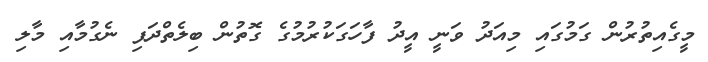
މީގެއިތުރުން ގަމުގައި މިއަދު ވަނީ އީދު ފާހަގަކުރުމުގެ ގޮތުން ބިލެތްދަފި ނެގުމާއި މާލި